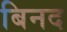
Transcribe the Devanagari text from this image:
बिनद